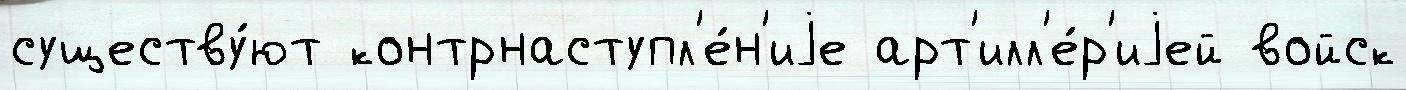
существу́ют контрнаступл'е́н'иjе арт'илл'е́р'иjей войск